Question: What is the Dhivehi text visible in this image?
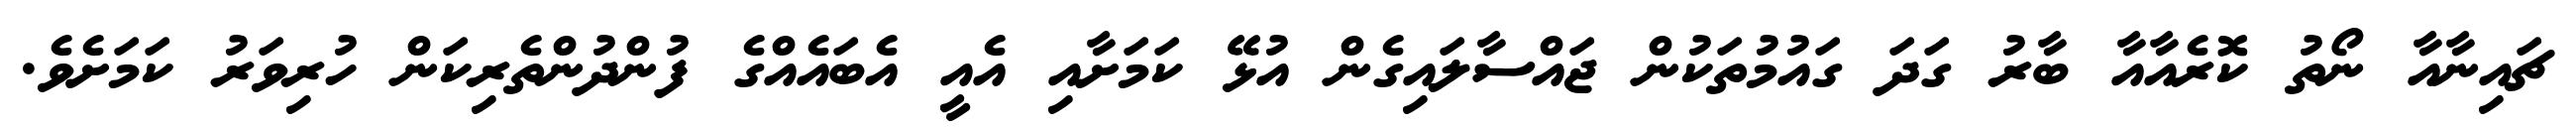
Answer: ޗައިނާއާ ނޯތު ކޮރެއާއާ ބާރު ގަދަ ގައުމުތަކުން ޖައްސާލައިގެން އުޅޭ ކަމަށާއި އެއީ އެބައެއްގެ ފުންދުންތެރިކަން ހުރިވަރު ކަމަށެވެ.